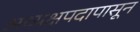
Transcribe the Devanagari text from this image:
अध्यक्षपदापासून